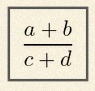
\frac{a+b}{c+d}